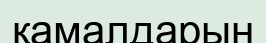
қамалдарын